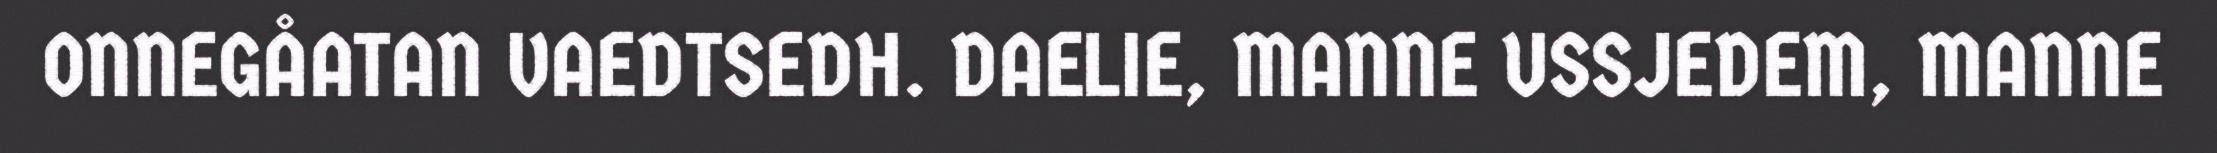
ONNEGÅATAN VAEDTSEDH. DAELIE, MANNE USSJEDEM, MANNE